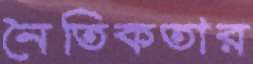
নৈতিকতার